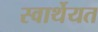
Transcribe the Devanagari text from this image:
स्वार्थेयत